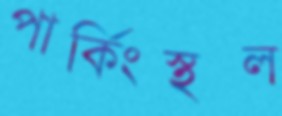
পার্কিংস্থল